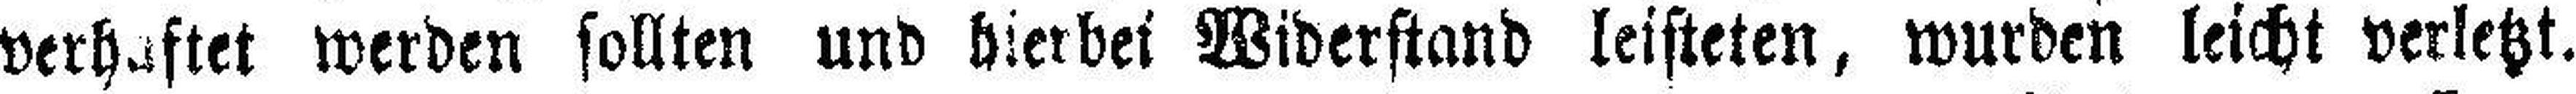
verhaftet werden sollten und hierbei Widerstand leisteten, wurden leicht verletzt.